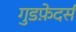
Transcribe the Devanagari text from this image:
गुडफ़ेदर्स